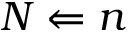
N \Leftarrow n